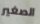
الصغير